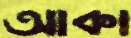
আকা